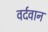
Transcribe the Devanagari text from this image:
वर्दवान